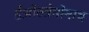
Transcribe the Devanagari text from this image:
ईओस्त्रेमोनाथ